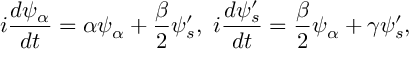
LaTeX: i { \frac { d \psi _ { \alpha } } { d t } } = \alpha \psi _ { \alpha } + { \frac { \beta } { 2 } } \psi _ { s } ^ { \prime } , \ i { \frac { d \psi _ { s } ^ { \prime } } { d t } } = { \frac { \beta } { 2 } } \psi _ { \alpha } + \gamma \psi _ { s } ^ { \prime } ,